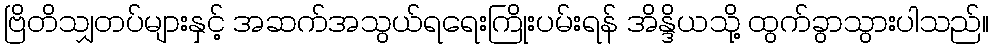
ဗြိတိသျှတပ်များနှင့် အဆက်အသွယ်ရရေးကြိုးပမ်းရန် အိန္ဒိယသို့ ထွက်ခွာသွားပါသည်။